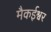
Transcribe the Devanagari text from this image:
मैकईश्वर